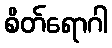
စိတ်ရောဂါ